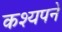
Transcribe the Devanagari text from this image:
कश्यपने